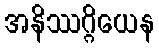
အနိဿဂ္ဂိယေန